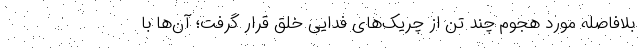
بلافاصله مورد هجوم چند تن از چریک‌های فدایی خلق قرار گرفت؛ آن‌ها با